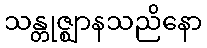
သန္တုဇ္ဈာနသညိနော